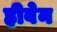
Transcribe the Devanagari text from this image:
हीवेन